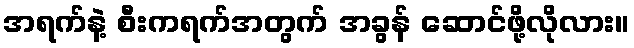
အရက်နဲ့ စီးကရက်အတွက် အခွန် ဆောင်ဖို့လိုလား။